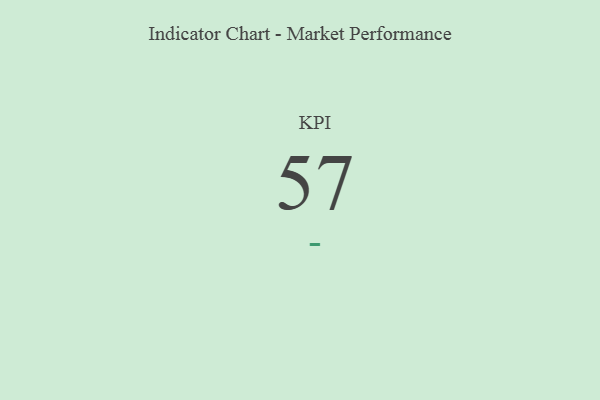
{"axis": {"x": "KPI", "y": "Value"}, "legend": [""], "data": [{"x": "KPI", "y": 57, "type": ""}]}